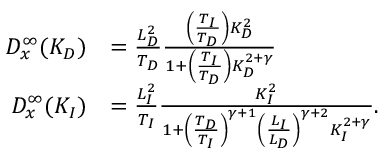
\begin{array} { r l } { D _ { x } ^ { \infty } ( K _ { D } ) } & { = \frac { L _ { D } ^ { 2 } } { T _ { D } } \frac { \left( \frac { T _ { I } } { T _ { D } } \right) K _ { D } ^ { 2 } } { 1 + \left( \frac { T _ { I } } { T _ { D } } \right) K _ { D } ^ { 2 + \gamma } } } \\ { D _ { x } ^ { \infty } ( K _ { I } ) } & { = \frac { L _ { I } ^ { 2 } } { T _ { I } } \frac { K _ { I } ^ { 2 } } { 1 + \left( \frac { T _ { D } } { T _ { I } } \right) ^ { \gamma + 1 } \left( \frac { L _ { I } } { L _ { D } } \right) ^ { \gamma + 2 } K _ { I } ^ { 2 + \gamma } } . } \end{array}